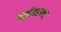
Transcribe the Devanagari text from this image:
ऋषीवरूनच